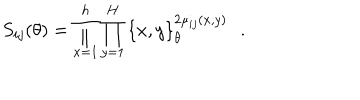
S _ { i j } ( \theta ) = \prod _ { x = 1 } ^ { h } \prod _ { y = 1 } ^ { H } \left\{ x , y \right\} _ { \theta } ^ { 2 \mu _ { i j } ( x , y ) } \, \, \, \, .